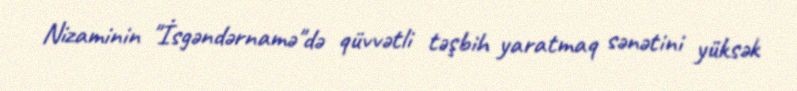
Nizaminin "İsgəndərnamə"də qüvvətli təşbih yaratmaq sənətini yüksək